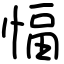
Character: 愊